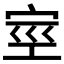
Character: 𰌿